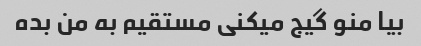
بیا منو گیج میکنی مستقیم به من بده